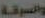
والسرقة